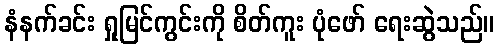
နံနက်ခင်း ရှုမြင်ကွင်းကို စိတ်ကူး ပုံဖော် ရေးဆွဲသည်။